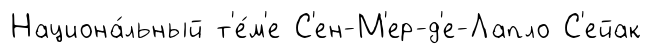
Национа́льный т'е́м'е С'ен-М'ер-д'е-Лапло С'ейак